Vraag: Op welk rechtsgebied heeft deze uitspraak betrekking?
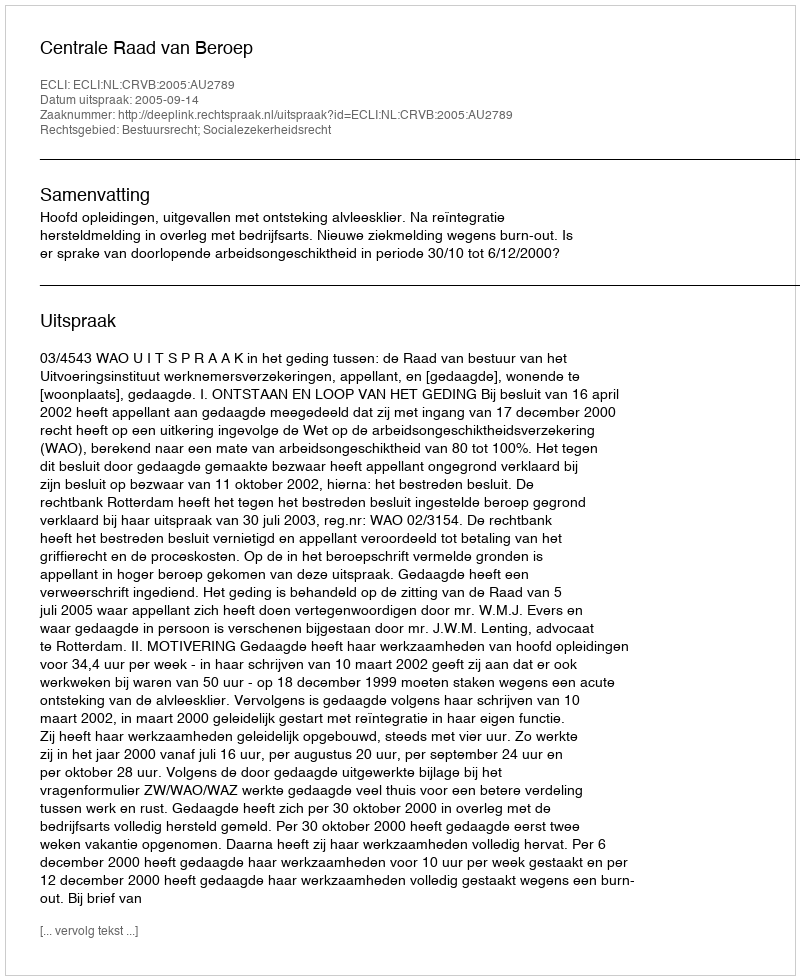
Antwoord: Bestuursrecht; Socialezekerheidsrecht